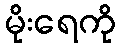
မိုးရေကို